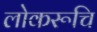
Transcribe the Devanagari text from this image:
लोकरूचि